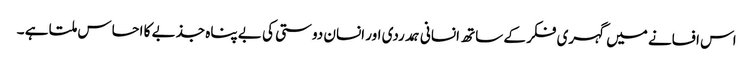
اس افسانے میں گہری فکر کے ساتھ انسانی ہمدردی اور انسان دوستی کی بے پناہ جذبے کا احساس ملتا ہے ۔